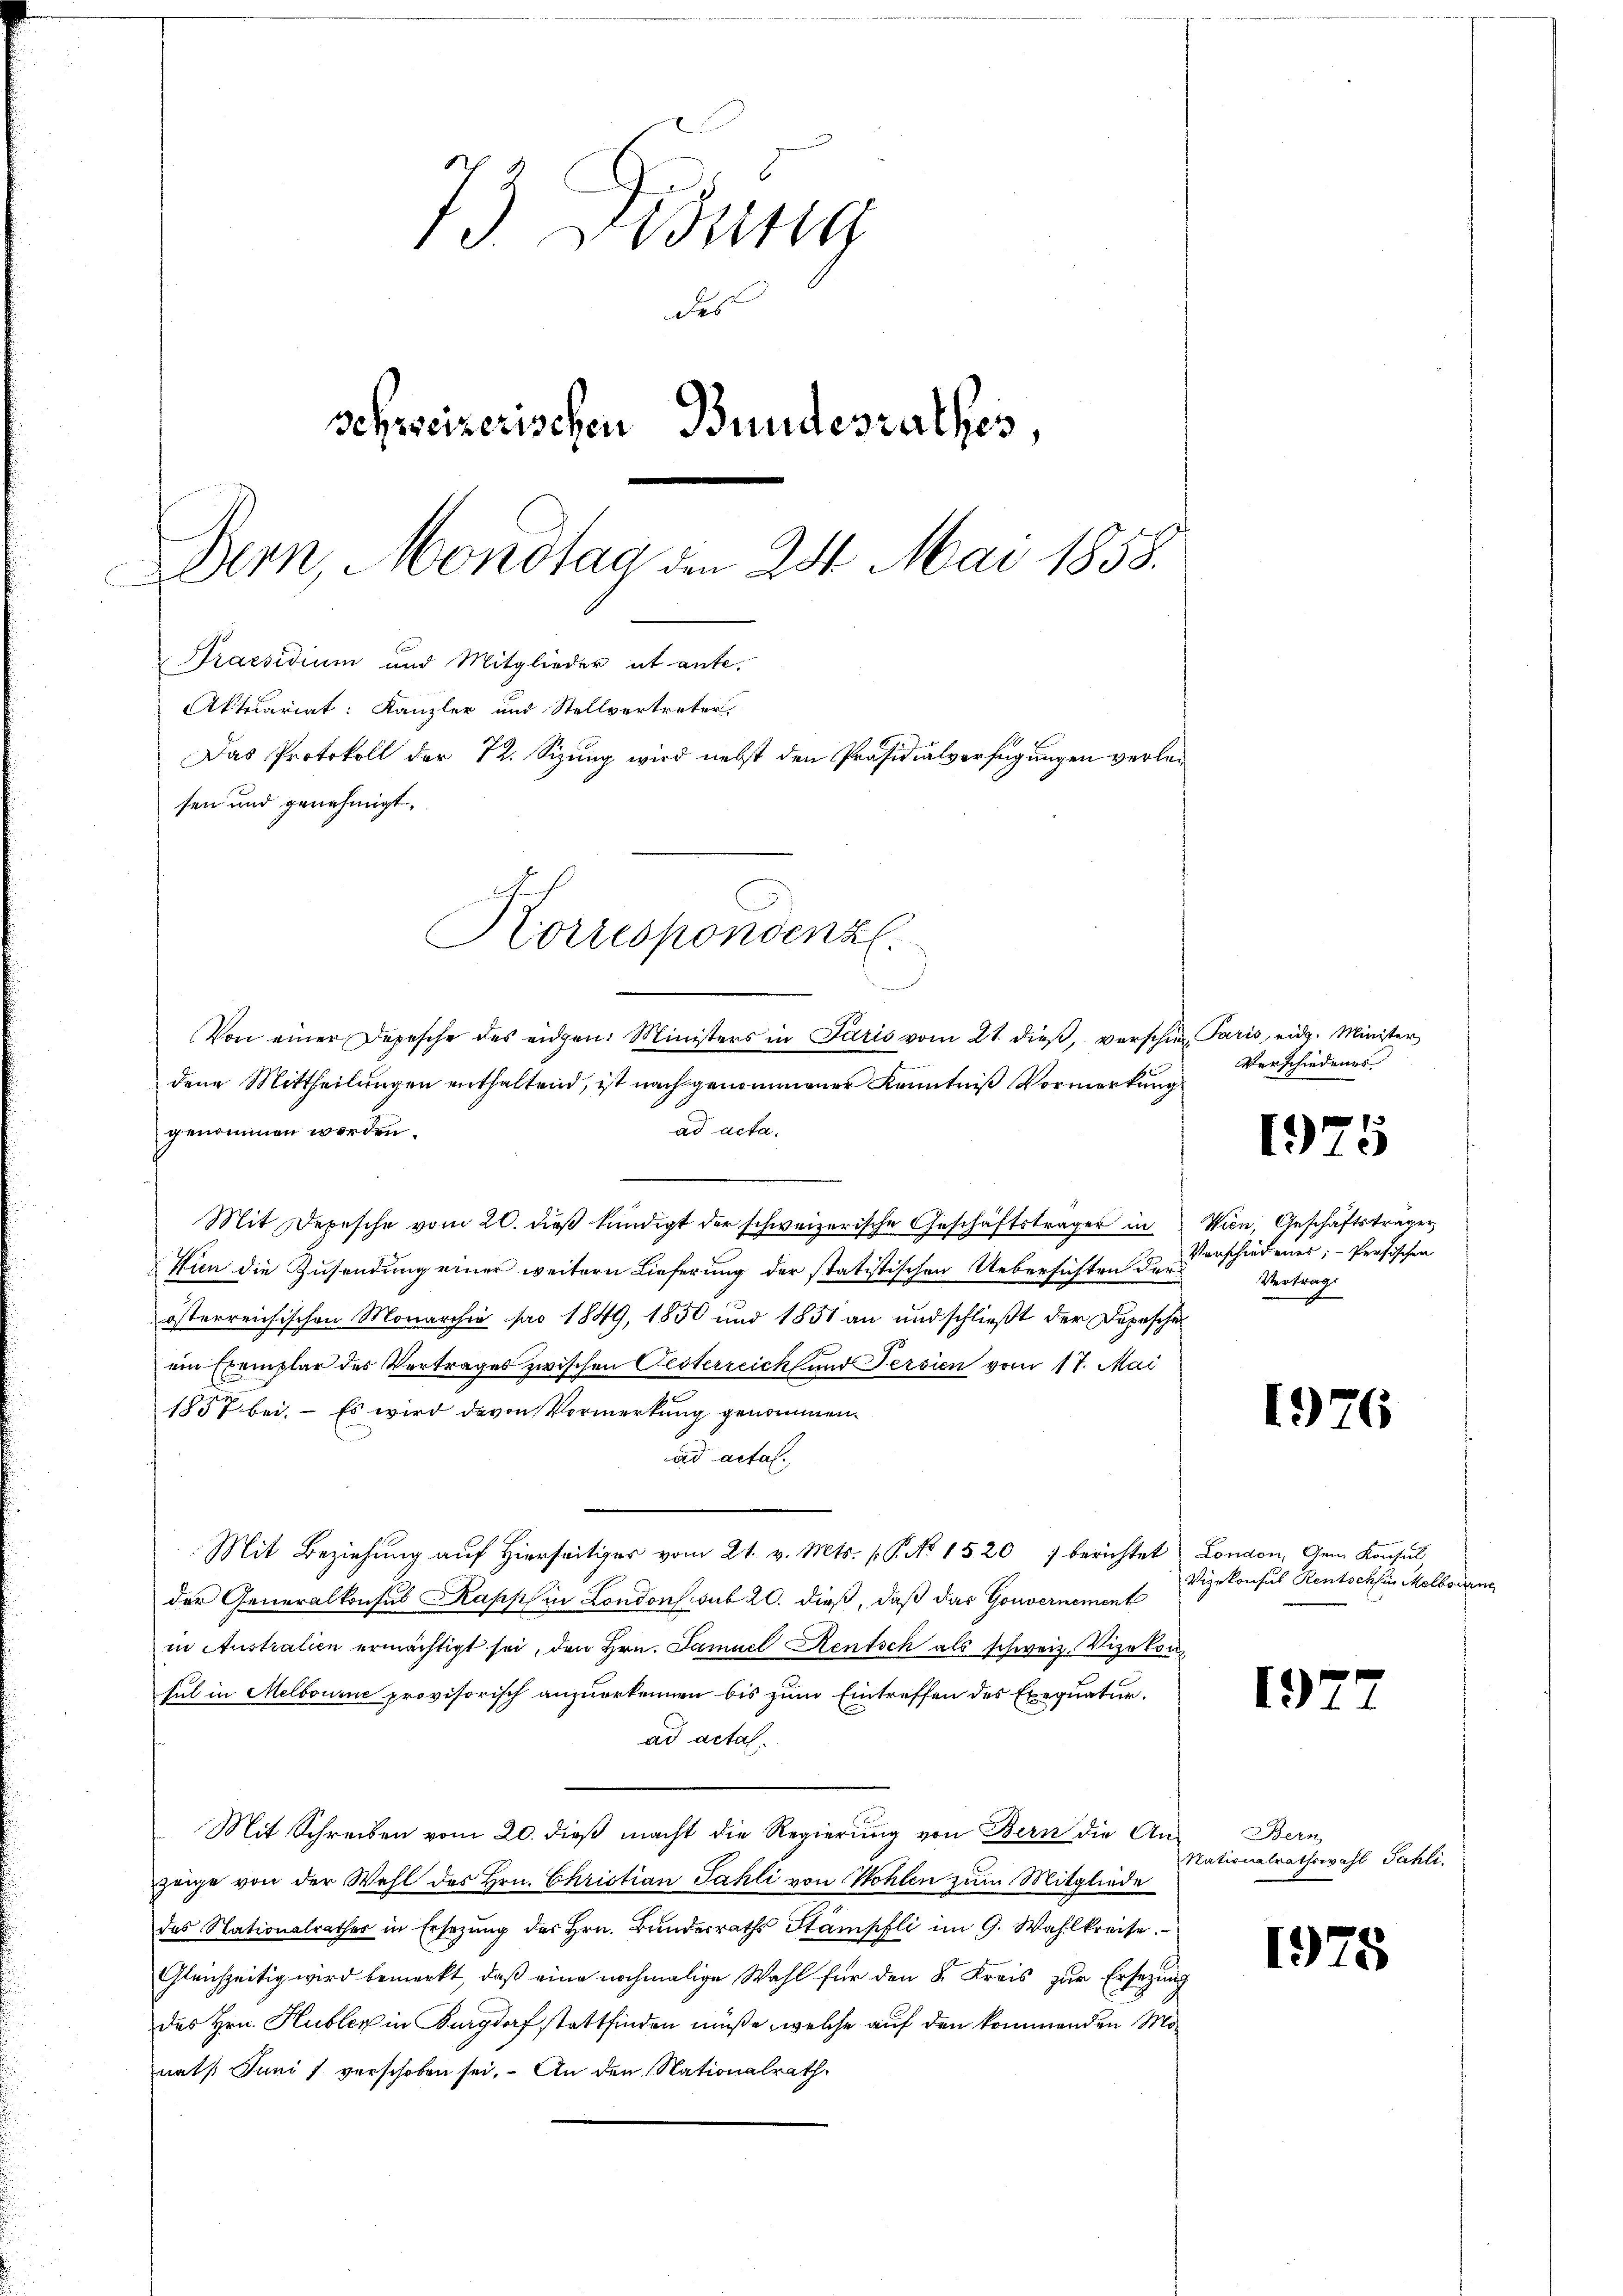
73 Didung
des
schreizerischen Bundesrathes,
Bern, Mondtag den 24. Mai 1858.
Praesidium und Mitglieder ab ante.
Aktuariat: Kanzler und Stellvertreter.
Das Protokoll der 72. Sizung wird nebst den Präsidialverfügungen verlan
sen und genehmigt.

Korrespondenz.

Von einer Depesche des eidgen. Ministers in Paris vom 21. dieβ, verschien Paris eidg. Minister
dene Mittheilungen enthaltend, ist nach genommener Kenntniß Vormerkung
ad acta.
genommen worden.
Mit Depesche vom 20. dieß kündigt der schweizerische Geschäftsträger in
Hun die Zusendung einer weitern Lieferung der statistischen Uebersichten der
österreichischen Monarchia pro 1849, 1850 und 1851 an und schließt der Depesche
ein Exemplar des Vertrages zwischen Oesterreich und Persien vom 17. Mai
1857 bei. – Es wird davon Vormerkung genommen.
ad acta.
Mit Beziehung auf Hierseitiges vom 21. v. Mts. [P. No 1520 berichtet
der Generalkonsul Kapsch in Londons sub 20. dieß, daß das Gouvernement
in Australien ermächtigt sei, den Hrn. Samuel Rentsch als schweiz. Vizekon
sul in Melbourne provisorisch anzuerkennen bis zum Eintreffen des Exequaturad actal.
Mit Schreiben vom 20. dieß macht die Regierung von Bern die An-
zeige von der Wahl des Hrn. Christian Fahli von Hohlen zum Mitgliede
das Nationalrathes in Ersetzŭng des Hrn. Bŭndesraths Stampfli im G. Wahlkreise.
Gleichzeitig wird bemerkt, daß eine nochmalige Wahl für den 8. Kreis zur Ersezung
des Hrn. Hubler in Burgdorf stattfinden müße, welche auf den kommenden Monath Juni / verschoben sei. An den Nationalrath

Verschiedenes

1975

Wien, Geschäftsträger
Vorschiedenes; - Persischen
Vertrag

1976

London, Gem. Konsul
Vizekonsus Rentschhin Melbourne

1

Bern
Nationalrathswahl Sahli

1975